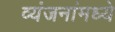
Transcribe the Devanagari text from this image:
व्यंजनांमध्ये